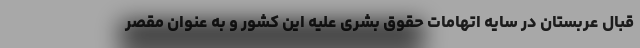
قبال عربستان در سایه اتهامات حقوق بشری علیه این کشور و به عنوان مقصر